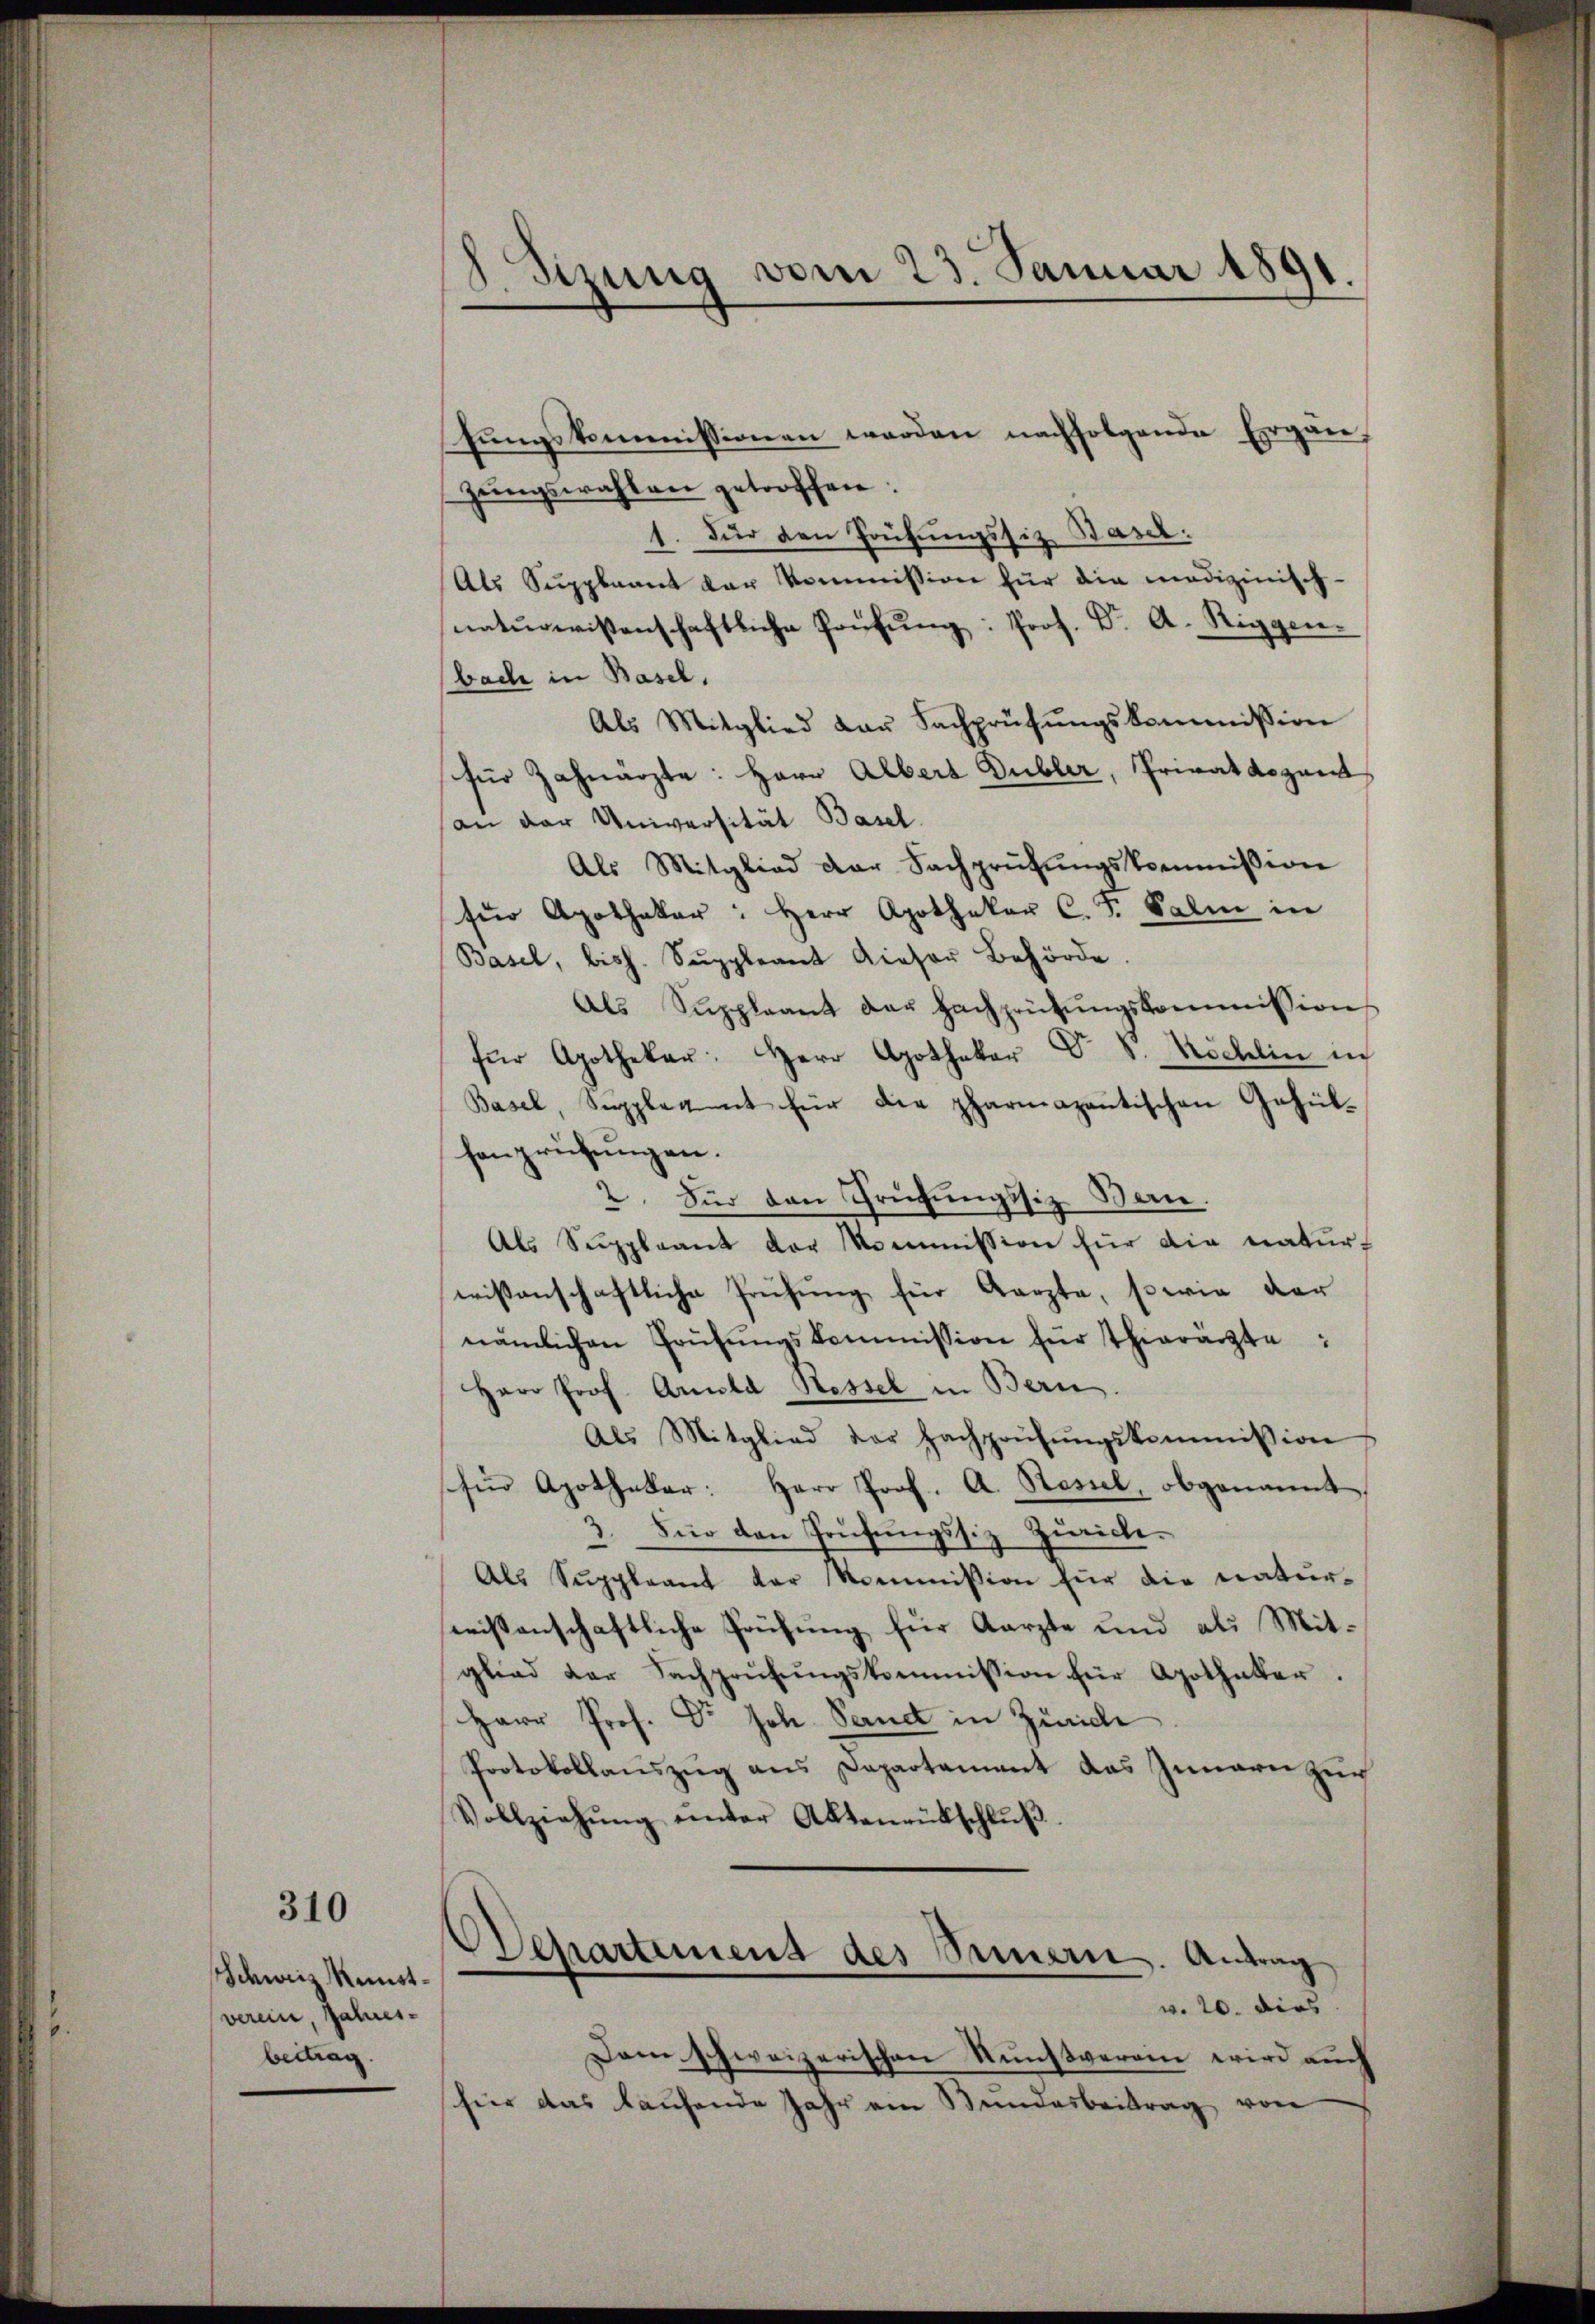
310

Schweiz Künstverein, Jahres-
bertrag

S.Sizung vom 23. Januar 1891.

fungskommissionen werden nachfolgende Ergänzungswahlen getroffen.
Für den Prüfungssitz Basel:
Als Suppleant der kommission für die medizinisch-
naturwissenschaftliche Prüfŭng: Prof. Dr. A. Riggen.
bache in Basel.
Als Mitglied der Fachprüfŭngskommission
für Zahnarzte: Herr Albert Dubler, Privatdozent
an der Universität Basel
Als Mitglied der Sachprüfŭngskommission
für Apothekar: Herr Apotheker C. F. Salm in
Basel, bish. Suppleant dieser Behörde.
Als Suppleant der Hachprüfŭngskommission
für Apothekar: Herr Apothekar Dr. S. Köchlin ic
Basel, Suppleant für die pharmazantischen Gehülhanprüfungen.
2. Für den Prüfungssiz. Bern.
Als Suppleant der Kommission für die natur-
wissenschaftliche Prüfung für Aerzte, sowie der
nämlichen Frühŭngskommission für Thierärzte:
Herr Prof. Arnold Ressel in Bern
Als Mitglied der Fachprüfŭngskommission
hin Apothekar: Herr Prof. A. Hessel, obgenannt
3. Für den Prüfŭngssiz Zürich.
—
Als Suppleant der Kommission für die natur-
wissenschaftliche Prüfung für Aarzte und als Mitglied der Sachprüfŭngskommission für Apothatter.
Herr Prof. Dr Joh. Sand in Zürich
Protokollanszŭg ans Departament das Innern zŭr
Vollziehŭng unter Aktenrütschlŭβ
Departemend des Sammern. Antrag
w. 20. dies
Dem schweizerischen Kunstverein wird auch
hier das kaufende Jahr am Bundesbeitrag von